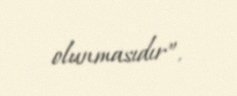
olunmasıdır”.